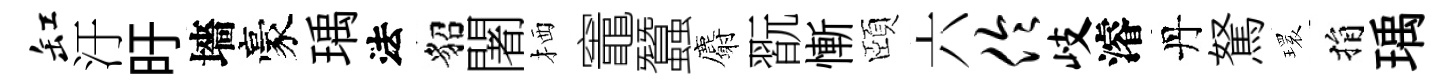
缸汙旴墻豪瑀法貂闍栖竈蠶麝翫慚頤六伶岐濬丹駑𤨔捐瑀